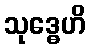
သုဒ္ဓေဟိ